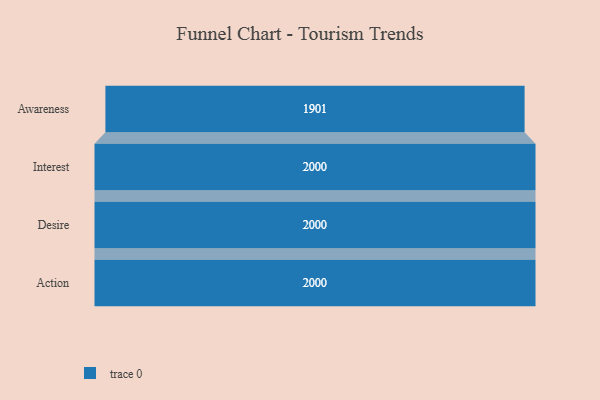
{"axis": {"x": "Stage", "y": "Value"}, "legend": [""], "data": [{"x": "Awareness", "y": 1901.0, "type": ""}, {"x": "Interest", "y": 2000, "type": ""}, {"x": "Desire", "y": 2000, "type": ""}, {"x": "Action", "y": 2000, "type": ""}]}